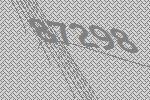
87298